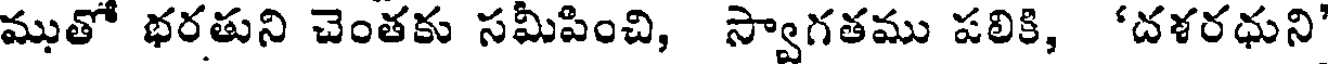
ముతో భరతుని చెంతకు సమీపించి, స్వాగతము పలికి, 'దళరధుని